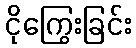
ငိုကြွေးခြင်း